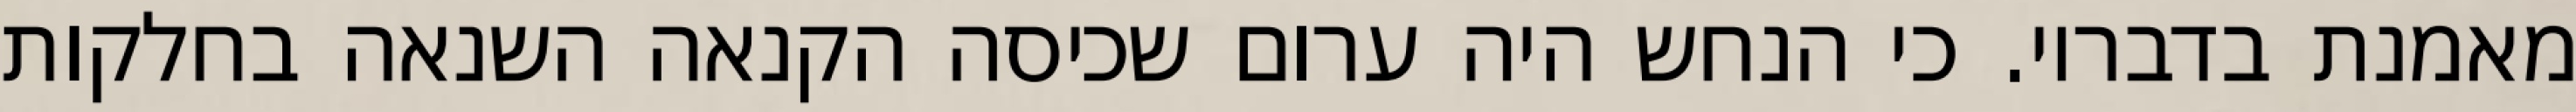
מאמנת בדבריו. כי הנחש היה ערום שכיסה הקנאה השנאה בחלקות